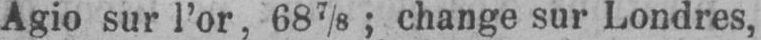
Agio sur l’or, 687/8; change sur Londres,